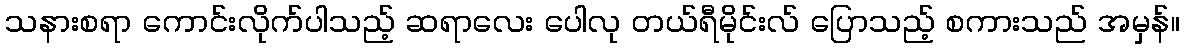
သနားစရာ ကောင်းလိုက်ပါသည့် ဆရာလေး ပေါလု တယ်ရီမိုင်းလ် ပြောသည့် စကားသည် အမှန်။